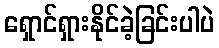
ရှောင်ရှားနိုင်ခဲ့ခြင်းပါပဲ